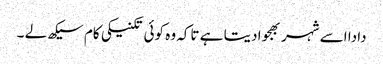
دادا اسے شہر بھجوا دیتا ہے تاکہ وہ کوئی تکنیکی کام سیکھ لے ۔